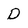
Character: D